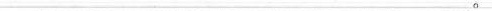
___。